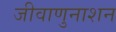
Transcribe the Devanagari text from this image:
जीवाणुनाशन